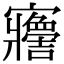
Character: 𡬋